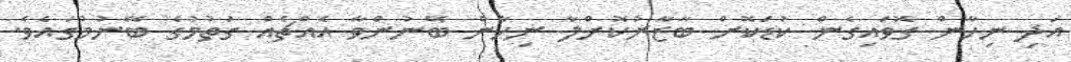
އަދި ނިހާން ގޮވައިގެން ކުޑަކޮށް ބާޒާރުކޮށްލާ ނިހާން ބޭނުންވާ އެއްޗެއް ގަތުމުގެ ބޭނުމުގައެވެ.